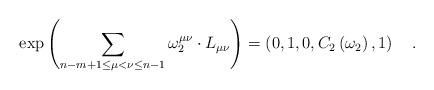
LaTeX: \begin{align*}\exp \left( \sum_{n-m+1\le \mu <\nu \le n-1}\omega _2^{\mu\nu }\cdot L_{\mu \nu }\right) =\left( 0,1,0,C_2\left( \omega _2\right),1\right) \quad .\end{align*}